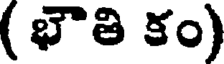
( భౌతి కం)